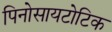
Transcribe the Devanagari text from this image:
पिनोसायटोटिक